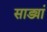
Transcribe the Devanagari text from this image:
साड्यां